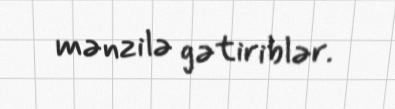
mənzilə gətiriblər.